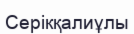
Серікқалиұлы